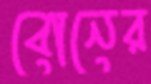
বোনের